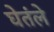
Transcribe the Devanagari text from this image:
घेतंले